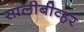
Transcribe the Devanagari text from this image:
सालीबीव्हर